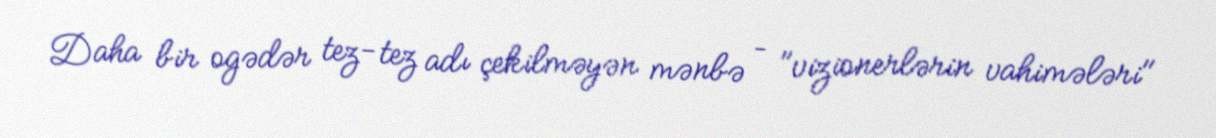
Daha bir ogədər tez-tez adı çekilməyən mənbə – "vizionerlərin vahimələri"